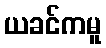
ယခင်ကမူ